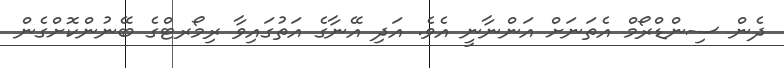
ދެން ސިންޑްރޯމް އެތަނަށް އަންނާނީ އެވެ. އަދި އޭނާގެ އަތުގައިވާ ރިމޯރޓްގެ ބޭނުންކޮށްގެން